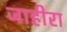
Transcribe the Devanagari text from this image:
जाहीरा